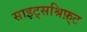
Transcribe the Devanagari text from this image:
साइट्सश्रिफ़्ट